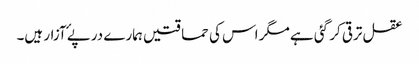
عقل ترقی کر گئی ہے مگر اس کی حماقتیں ہمارے درپۓ آزار ہیں۔